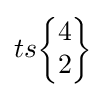
ts{\begin{Bmatrix}4\\2\end{Bmatrix}}